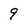
Character: 9